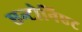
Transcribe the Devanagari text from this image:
एन्टोनिएट